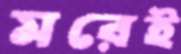
মরেই